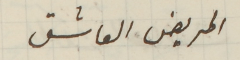
المريض العاشق